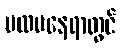
ပထမနေရာတွင်